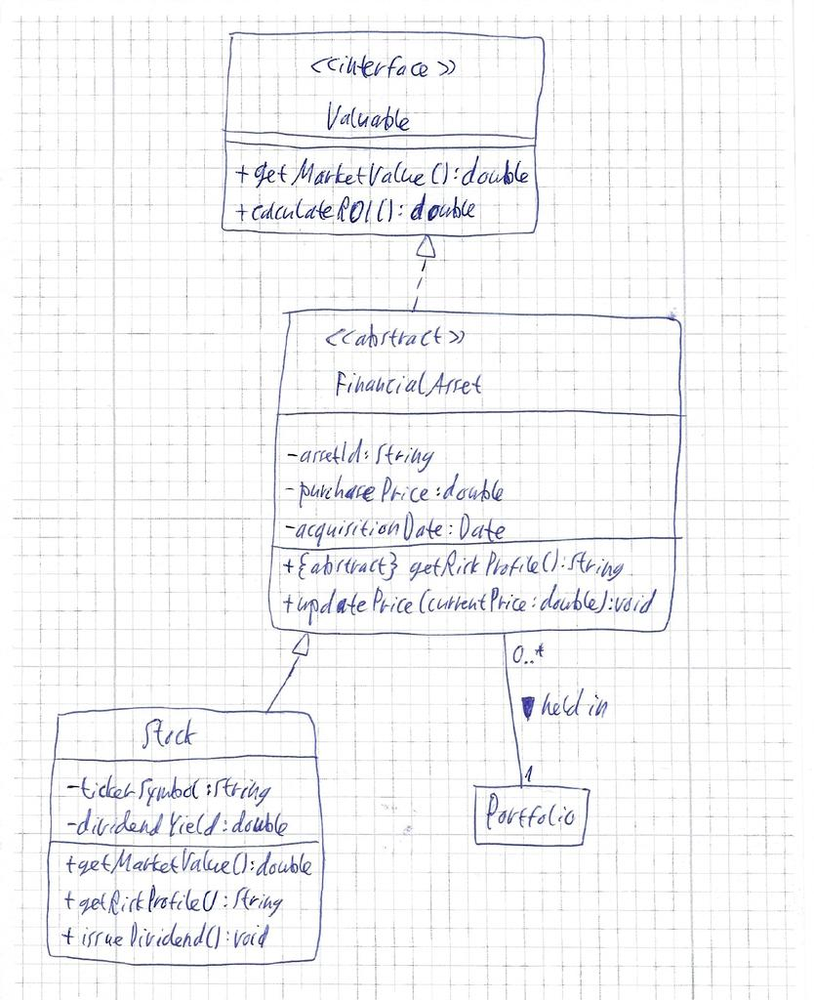
Diagram type: class_diagram
```plantuml
@startuml

interface Valuable {
  + getMarketValue(): double
  + calculateROI(): double
}

abstract class FinancialAsset implements Valuable {
  - assetId: String
  - purchasePrice: double
  - acquisitionDate: Date
  + {abstract} getRiskProfile(): String
  + updatePrice(currentPrice: double): void
}

class Stock extends FinancialAsset {
  - tickerSymbol: String
  - dividendYield: double
  + getMarketValue(): double
  + getRiskProfile(): String
  + issueDividend(): void
}

FinancialAsset "0..*" -- "1" Portfolio : held in >

@enduml
```